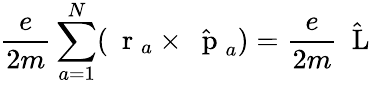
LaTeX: \frac{e}{2m}\sum_{a=1}^{N}(\mathrm{~\mathbf~r~}_{a}\times\hat{\mathrm{~\mathbf~p~}}_{a})=\frac{e}{2m}\hat{\mathrm{~\mathbf~L~}}